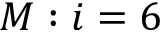
M : i = 6